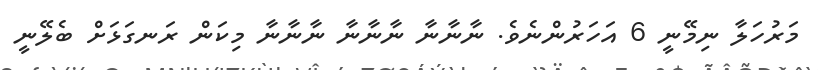
މަރުހަލާ ނިމޭނީ 6 އަހަރުންނެވެ. ނާނާނާ ނާނާނާ ނާނާނާ މިކަން ރަނގަޅަށް ބެލޭނީ